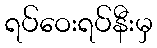
ရပ်ဝေးရပ်နီးမှ